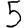
Digit: 5